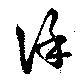
謹